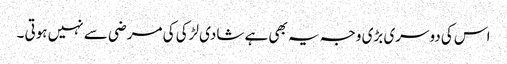
اس کی دوسری بڑی وجہ یہ بھی ہے شادی لڑکی کی مرضی سے نہیں ہوتی ۔